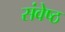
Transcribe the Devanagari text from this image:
संवेष्ठ